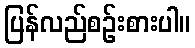
ပြန်လည်စဉ်းစားပါ။